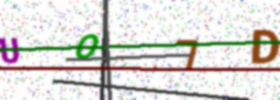
Text: UO7D